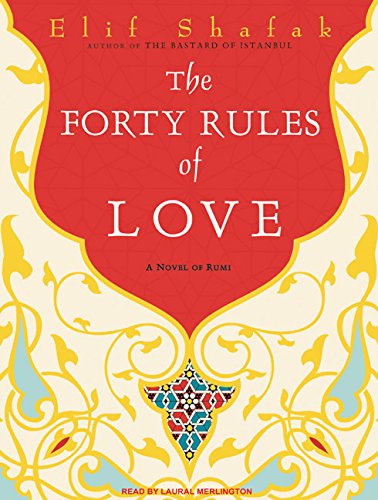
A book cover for The Forty Rules of Love: A Novel of Rumi; Elif Shafak; Literature & Fiction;